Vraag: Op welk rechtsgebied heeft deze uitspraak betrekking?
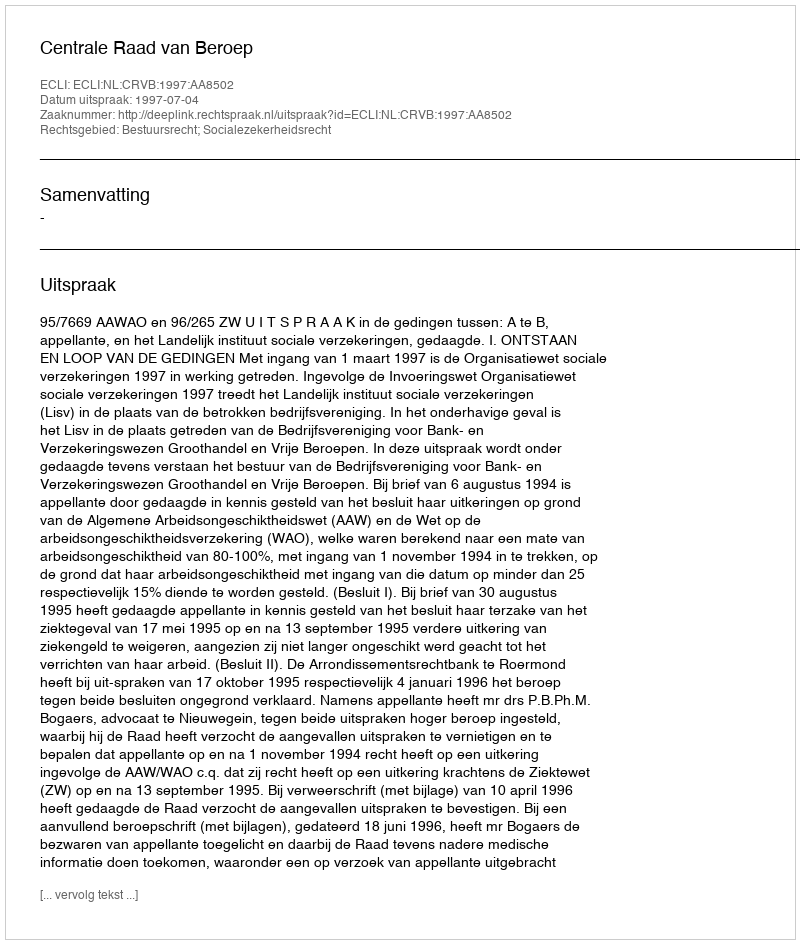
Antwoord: Bestuursrecht; Socialezekerheidsrecht